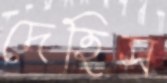
দেহিস